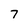
Character: 7